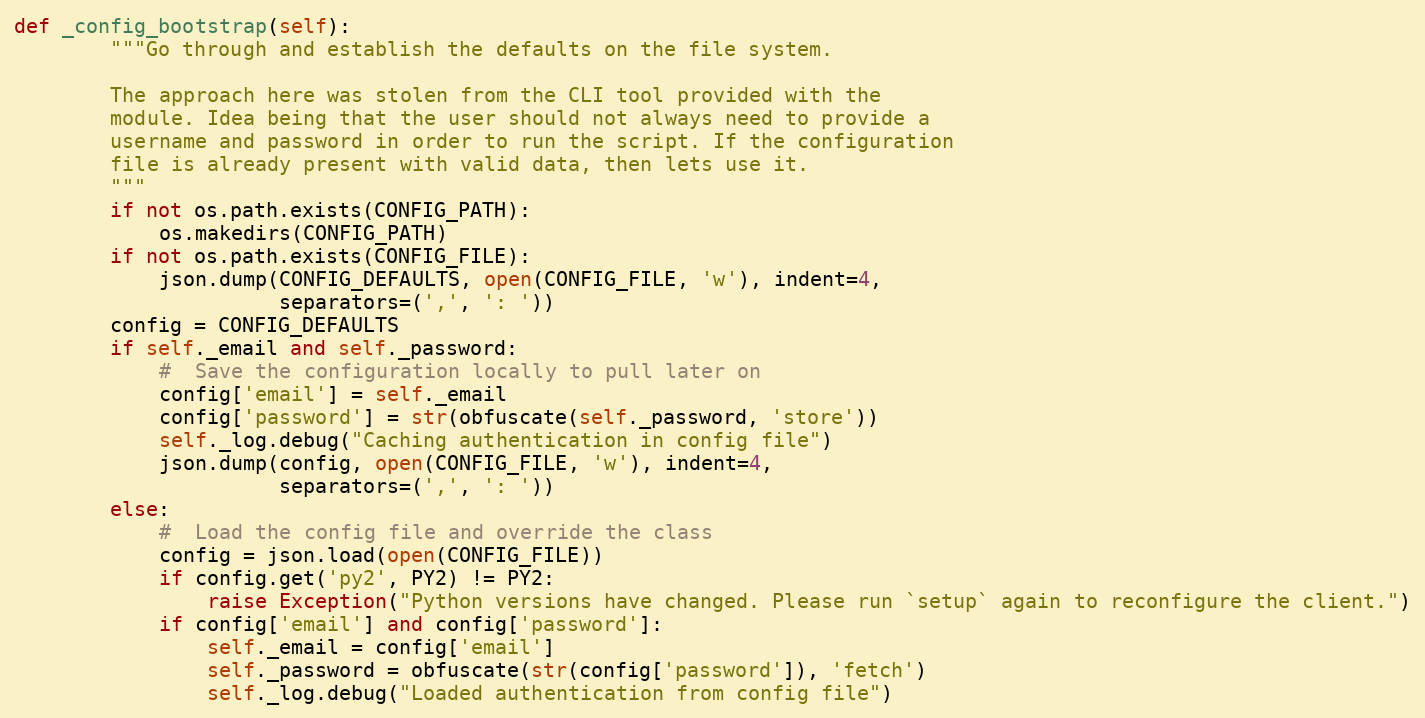
Language: Python
def _config_bootstrap(self):
        """Go through and establish the defaults on the file system.

        The approach here was stolen from the CLI tool provided with the
        module. Idea being that the user should not always need to provide a
        username and password in order to run the script. If the configuration
        file is already present with valid data, then lets use it.
        """
        if not os.path.exists(CONFIG_PATH):
            os.makedirs(CONFIG_PATH)
        if not os.path.exists(CONFIG_FILE):
            json.dump(CONFIG_DEFAULTS, open(CONFIG_FILE, 'w'), indent=4,
                      separators=(',', ': '))
        config = CONFIG_DEFAULTS
        if self._email and self._password:
            #  Save the configuration locally to pull later on
            config['email'] = self._email
            config['password'] = str(obfuscate(self._password, 'store'))
            self._log.debug("Caching authentication in config file")
            json.dump(config, open(CONFIG_FILE, 'w'), indent=4,
                      separators=(',', ': '))
        else:
            #  Load the config file and override the class
            config = json.load(open(CONFIG_FILE))
            if config.get('py2', PY2) != PY2:
                raise Exception("Python versions have changed. Please run `setup` again to reconfigure the client.")
            if config['email'] and config['password']:
                self._email = config['email']
                self._password = obfuscate(str(config['password']), 'fetch')
                self._log.debug("Loaded authentication from config file")